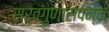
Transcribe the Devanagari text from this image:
सर्वगुणासंपन्न